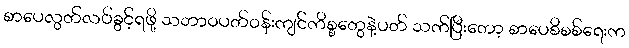
စာပေလွတ်လပ်ခွင့်ရဖို့ သဘာဝပတ်ဝန်းကျင်ကိစ္စတွေနဲ့ပတ် သက်ပြီးတော့ စာပေစိစစ်ရေးက